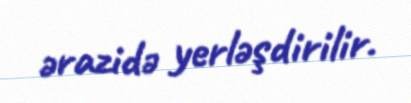
ərazidə yerləşdirilir.